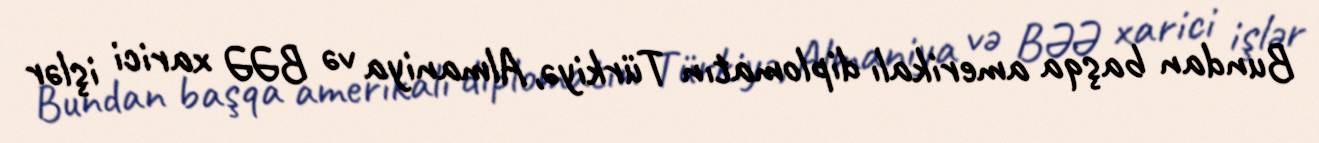
Bundan başqa amerikalı diplomatın Türkiyə, Almaniya və BƏƏ xarici işlər